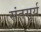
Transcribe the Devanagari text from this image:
संतसूर्य